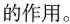
的作用。